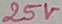
Text: 25V